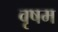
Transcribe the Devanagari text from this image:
वृषम